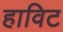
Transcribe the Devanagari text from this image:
हाविट